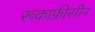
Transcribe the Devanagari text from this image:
रूकाफ्रीसीन